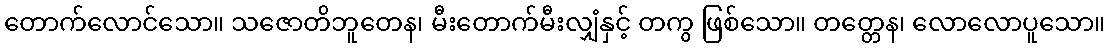
တောက်လောင်သော။ သဇောတိဘူတေန၊ မီးတောက်မီးလျှံနှင့် တကွ ဖြစ်သော။ တတ္တေန၊ လောလောပူသော။